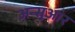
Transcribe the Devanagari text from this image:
अन्सुआर